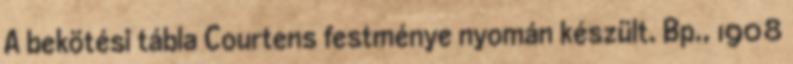
A bekötési tábla Courtens festménye nyomán készült. Bp., 1908